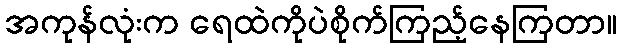
အကုန်လုံးက ရေထဲကိုပဲစိုက်ကြည့်နေကြတာ။